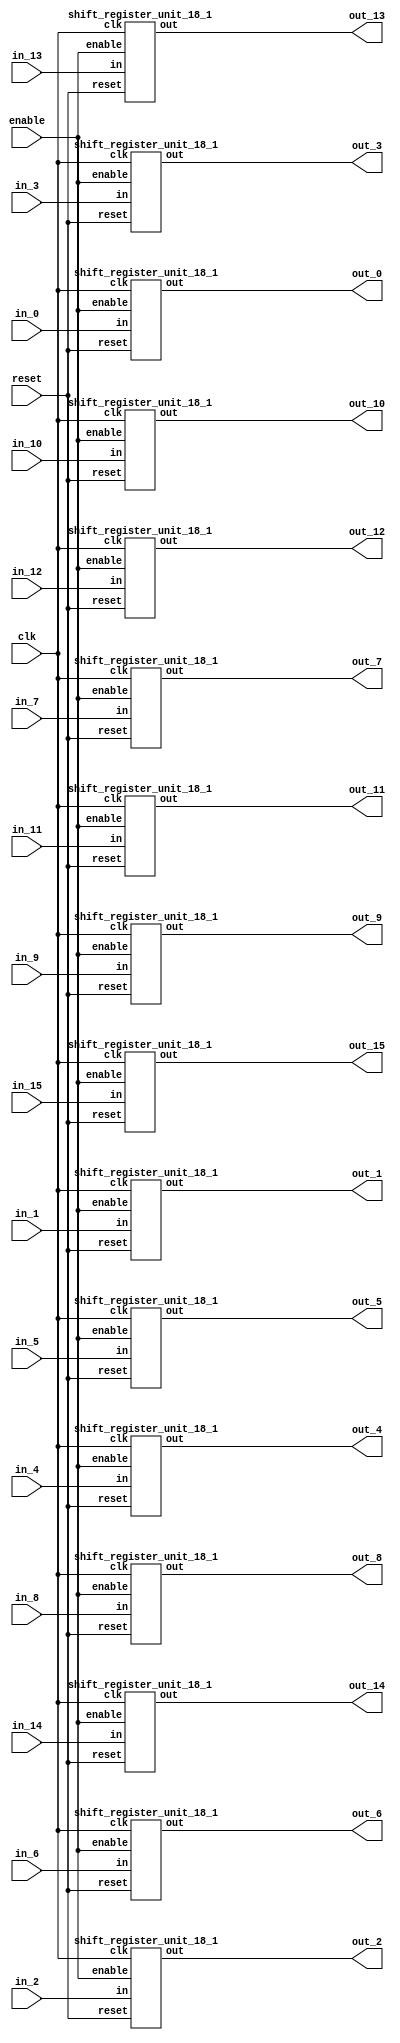
`define SIMULATION_MEMORY

module shift_register_group_18_16_1 (
	input clk,
	input enable,
	input [17:0] in_0,
	output [17:0] out_0,
	input [17:0] in_1,
	output [17:0] out_1,
	input [17:0] in_2,
	output [17:0] out_2,
	input [17:0] in_3,
	output [17:0] out_3,
	input [17:0] in_4,
	output [17:0] out_4,
	input [17:0] in_5,
	output [17:0] out_5,
	input [17:0] in_6,
	output [17:0] out_6,
	input [17:0] in_7,
	output [17:0] out_7,
	input [17:0] in_8,
	output [17:0] out_8,
	input [17:0] in_9,
	output [17:0] out_9,
	input [17:0] in_10,
	output [17:0] out_10,
	input [17:0] in_11,
	output [17:0] out_11,
	input [17:0] in_12,
	output [17:0] out_12,
	input [17:0] in_13,
	output [17:0] out_13,
	input [17:0] in_14,
	output [17:0] out_14,
	input [17:0] in_15,
	output [17:0] out_15,
	input reset
);

shift_register_unit_18_1 shift_register_unit_18_1_inst_0 (
	.clk(clk),
	.reset(reset),
	.enable(enable),
	.in(in_0),
	.out(out_0)
);

shift_register_unit_18_1 shift_register_unit_18_1_inst_1 (
	.clk(clk),
	.reset(reset),
	.enable(enable),
	.in(in_1),
	.out(out_1)
);

shift_register_unit_18_1 shift_register_unit_18_1_inst_2 (
	.clk(clk),
	.reset(reset),
	.enable(enable),
	.in(in_2),
	.out(out_2)
);

shift_register_unit_18_1 shift_register_unit_18_1_inst_3 (
	.clk(clk),
	.reset(reset),
	.enable(enable),
	.in(in_3),
	.out(out_3)
);

shift_register_unit_18_1 shift_register_unit_18_1_inst_4 (
	.clk(clk),
	.reset(reset),
	.enable(enable),
	.in(in_4),
	.out(out_4)
);

shift_register_unit_18_1 shift_register_unit_18_1_inst_5 (
	.clk(clk),
	.reset(reset),
	.enable(enable),
	.in(in_5),
	.out(out_5)
);

shift_register_unit_18_1 shift_register_unit_18_1_inst_6 (
	.clk(clk),
	.reset(reset),
	.enable(enable),
	.in(in_6),
	.out(out_6)
);

shift_register_unit_18_1 shift_register_unit_18_1_inst_7 (
	.clk(clk),
	.reset(reset),
	.enable(enable),
	.in(in_7),
	.out(out_7)
);

shift_register_unit_18_1 shift_register_unit_18_1_inst_8 (
	.clk(clk),
	.reset(reset),
	.enable(enable),
	.in(in_8),
	.out(out_8)
);

shift_register_unit_18_1 shift_register_unit_18_1_inst_9 (
	.clk(clk),
	.reset(reset),
	.enable(enable),
	.in(in_9),
	.out(out_9)
);

shift_register_unit_18_1 shift_register_unit_18_1_inst_10 (
	.clk(clk),
	.reset(reset),
	.enable(enable),
	.in(in_10),
	.out(out_10)
);

shift_register_unit_18_1 shift_register_unit_18_1_inst_11 (
	.clk(clk),
	.reset(reset),
	.enable(enable),
	.in(in_11),
	.out(out_11)
);

shift_register_unit_18_1 shift_register_unit_18_1_inst_12 (
	.clk(clk),
	.reset(reset),
	.enable(enable),
	.in(in_12),
	.out(out_12)
);

shift_register_unit_18_1 shift_register_unit_18_1_inst_13 (
	.clk(clk),
	.reset(reset),
	.enable(enable),
	.in(in_13),
	.out(out_13)
);

shift_register_unit_18_1 shift_register_unit_18_1_inst_14 (
	.clk(clk),
	.reset(reset),
	.enable(enable),
	.in(in_14),
	.out(out_14)
);

shift_register_unit_18_1 shift_register_unit_18_1_inst_15 (
	.clk(clk),
	.reset(reset),
	.enable(enable),
	.in(in_15),
	.out(out_15)
);

endmodule
module shift_register_unit_18_1 (
	input clk,
	input reset,
	input enable,
	input [17:0] in,
	output [17:0] out
);

reg [17:0] shift_registers_0;
always @ (posedge clk) begin
	if (reset) begin
		shift_registers_0 <= 18'd0;
	end else if (enable) begin
		shift_registers_0 <= in;
	end
end

assign out = shift_registers_0;

endmodule